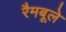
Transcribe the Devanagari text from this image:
रैमबूले